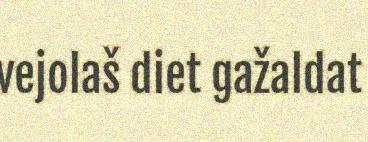
vejolaš diet gažaldat